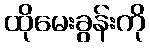
ထိုမေးခွန်းကို